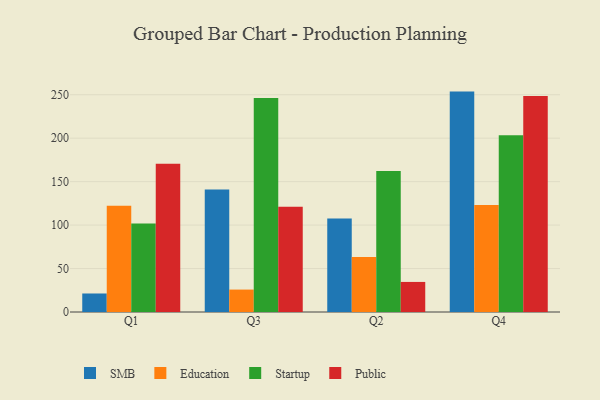
{"axis": {"x": "Quarter", "y": "Inventory Turnover"}, "legend": ["Education", "Public", "SMB", "Startup"], "data": [{"x": "Q1", "y": 21.3, "type": "SMB"}, {"x": "Q1", "y": 122.3, "type": "Education"}, {"x": "Q1", "y": 101.7, "type": "Startup"}, {"x": "Q1", "y": 170.5, "type": "Public"}, {"x": "Q3", "y": 140.9, "type": "SMB"}, {"x": "Q3", "y": 25.8, "type": "Education"}, {"x": "Q3", "y": 246.3, "type": "Startup"}, {"x": "Q3", "y": 121.0, "type": "Public"}, {"x": "Q2", "y": 107.7, "type": "SMB"}, {"x": "Q2", "y": 63.4, "type": "Education"}, {"x": "Q2", "y": 162.1, "type": "Startup"}, {"x": "Q2", "y": 34.6, "type": "Public"}, {"x": "Q4", "y": 253.6, "type": "SMB"}, {"x": "Q4", "y": 123.2, "type": "Education"}, {"x": "Q4", "y": 203.5, "type": "Startup"}, {"x": "Q4", "y": 248.5, "type": "Public"}]}